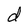
Character: d